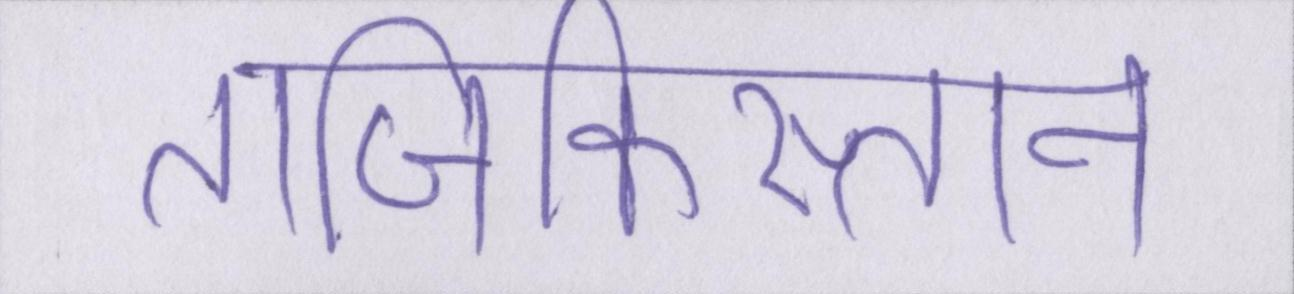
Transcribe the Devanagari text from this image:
ताजिकिस्तान